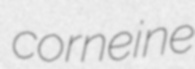
corneine